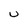
Character: U